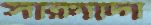
সারগাদা